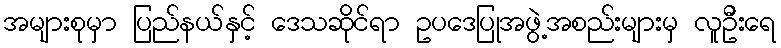
အများစုမှာ ပြည်နယ်နှင့် ဒေသဆိုင်ရာ ဥပဒေပြုအဖွဲ့အစည်းများမှ လူဦးရေ